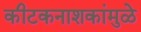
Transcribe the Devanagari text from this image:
कीटकनाशकांमुळे